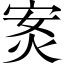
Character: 𭴣